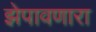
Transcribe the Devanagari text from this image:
झेपावणारा